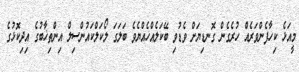
މީއަޅެ ކިހާފެންވަރެއް ހުރެގެން ގޮނޑިޔަށް ވެޑުވި ބޭކަލެއްހެއްޔެވެ ބަލަގަ ލޯކަލްކައުންސިލް އިންތިޚާބުގެ އިދިކޮޅުގެ